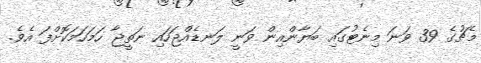
މެޗުގެ 39 ވަނަ މިނެޓުގައި ބަޔާންއިން ވަނީ ލަނޑެއްޖަހައި ނަތީޖާ ހަމަހަމަކޮށްފަ އެވެ.